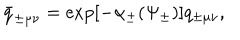
LaTeX: \bar { q } _ { \pm \mu \nu } = \exp [ - \alpha _ { \pm } ( \Psi _ { \pm } ) ] q _ { \pm \mu \nu } ,